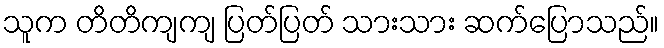
သူက တိတိကျကျ ပြတ်ပြတ် သားသား ဆက်ပြောသည်။